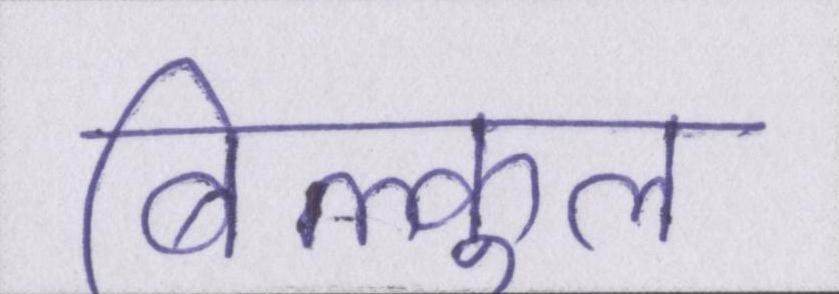
बिल्कुल